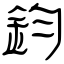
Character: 鈞